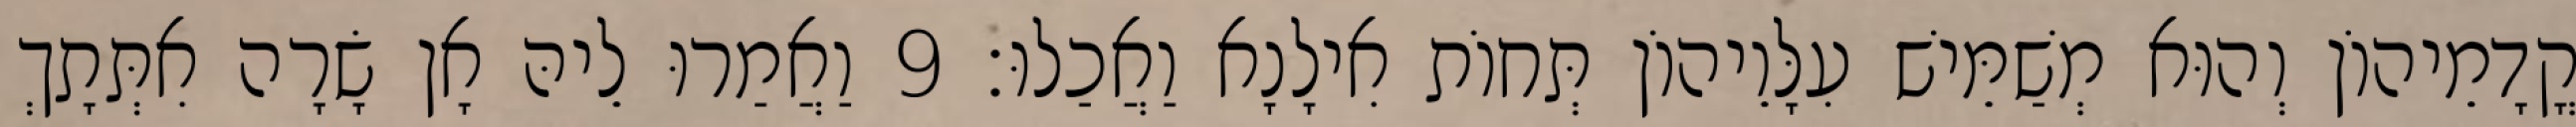
קֳדָמֵיהוֹן וְהוּא מְשַׁמֵּישׁ עִלָּוֵיהוֹן תְּחוֹת אִילָנָא וַאֲכַלוּ׃ 9 וַאֲמַרוּ לֵיהּ אָן שָׂרָה אִתְּתָךְ